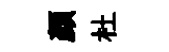
顏杜